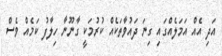
އަދި އެއް އަމަލެއްގައި ގިނަ ދައުވާތަކެއް ކުރުމަކީ ގާނޫނާ ހިލާފު ކަމެއް ވެސް